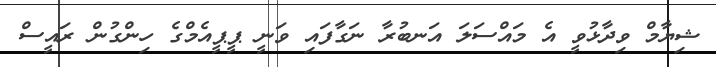
ޝިޔާމް ވިދާޅުވީ އެ މައްސަލަ އަނބުރާ ނަގާފައި ވަނީ ޕީޕީއެމްގެ ހިންގުން ރައީސް